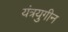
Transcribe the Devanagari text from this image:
यंत्रयुगीन